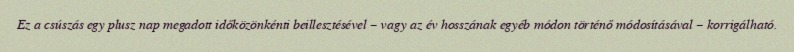
Ez a csúszás egy plusz nap megadott időközönkénti beillesztésével – vagy az év hosszának egyéb módon történő módosításával – korrigálható.